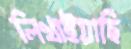
লিখাইয়াছি